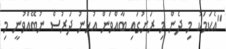
"އެކަމަކު މި ދެން މި ރަށުގައި ބާއްވަން އުޅުނު ދަރުސް ނުބޭއްވުނީ މި